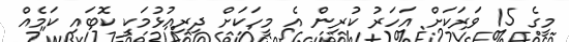
މީގެ 15 ވަރަކަށް އަހަރު ކުރިން އެ މީހަކަށް ދިރިއުޅުމަކީ ކޮބައި ކަމެއް